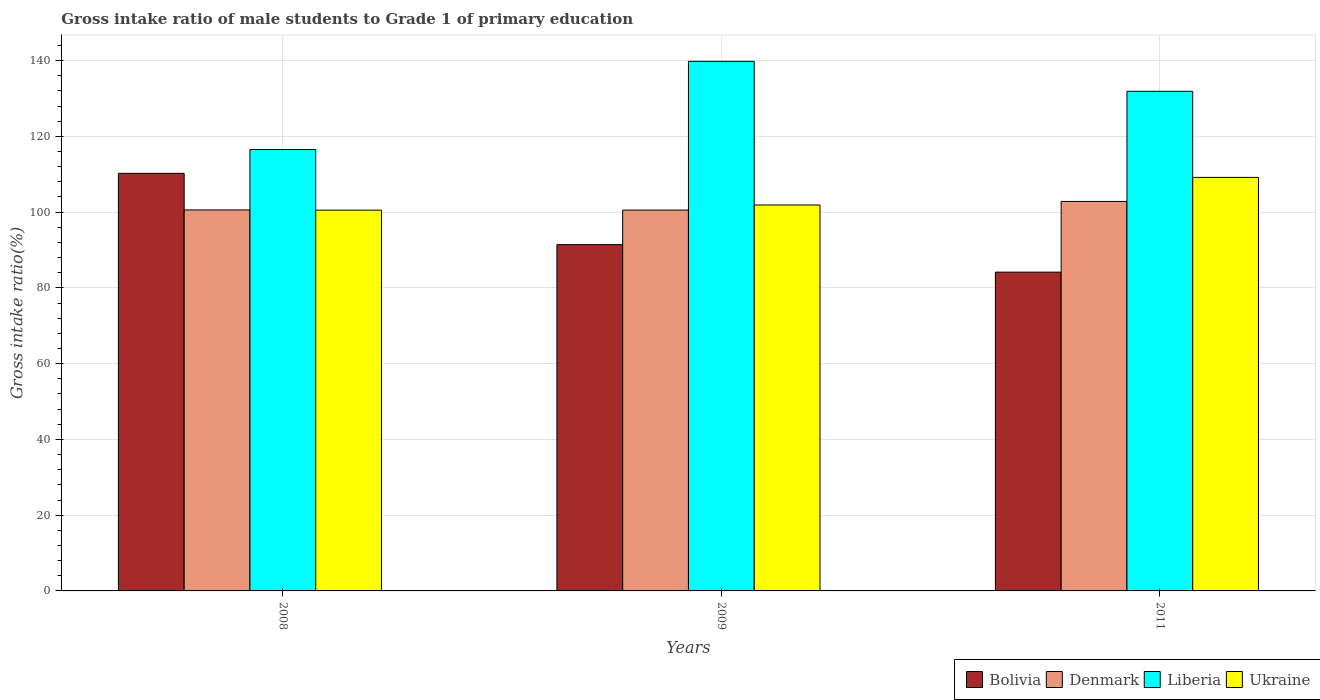
| Years | Bolivia | Denmark | Liberia | Ukraine |
 | --- | --- | --- | --- | --- |
 | 2008 | 110 | 101 | 117 | 101 |
 | 2009 | 91.4 | 101 | 140 | 102 |
 | 2011 | 84.2 | 103 | 132 | 109 |